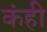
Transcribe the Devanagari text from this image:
कंही